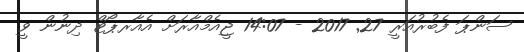
ސަންޕަ ފެބުރުއަރީ 27